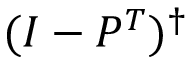
( I - P ^ { T } ) ^ { \dag }